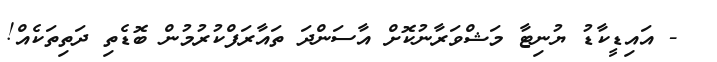
- އައިޑީކާޑު ޔުނިޓާ މަޝްވަރާނުކޮށް އާސަންދަ ތައާރަފްކުރުމުން ބޮޑެތި ދަތިތަކެއް!